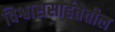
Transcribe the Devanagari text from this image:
विश्वाससार्हतेतील